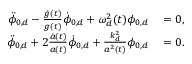
\begin{array} { r l } { \ddot { \phi } _ { 0 , d } - \frac { \dot { g } ( t ) } { g ( t ) } \dot { \phi } _ { 0 , d } + \omega _ { d } ^ { 2 } ( t ) \phi _ { 0 , d } } & { { } = 0 , } \\ { \ddot { \phi } _ { 0 , d } + 2 \frac { \dot { a } ( t ) } { a ( t ) } \dot { \phi } _ { 0 , d } + \frac { k _ { d } ^ { 2 } } { a ^ { 2 } ( t ) } \phi _ { 0 , d } } & { { } = 0 . } \end{array}